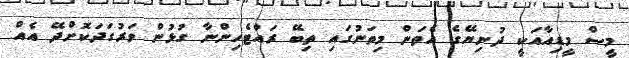
މީސް މީޑިއާއަކީ ދުނިޔޭގެ އެތަން މިތަނުގައި ތިބޭ ރައްޓެހިންނާ ގުޅުން ވަރުގަދަކޮށްދޭ އެއް